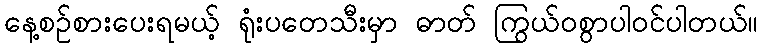
နေ့စဉ်စားပေးရမယ့် ရုံးပတေသီးမှာ ဓာတ် ကြွယ်ဝစွာပါဝင်ပါတယ်။